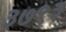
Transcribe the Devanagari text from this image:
३७९३